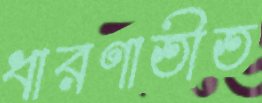
ধারণাতীত